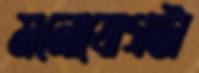
মনোযোগটা